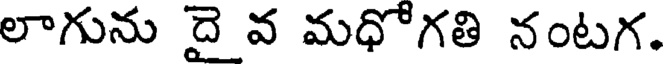
లాగును దై వ మధోగతి నంటగ.